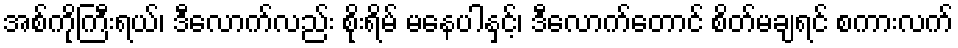
အစ်ကိုကြီးရယ်၊ ဒီလောက်လည်း စိုးရိမ် မနေပါနှင့်၊ ဒီလောက်တောင် စိတ်မချရင် စကားလက်